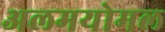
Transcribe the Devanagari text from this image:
अलमयोमल